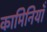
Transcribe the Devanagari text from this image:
कामिनियाँ